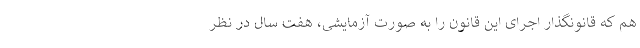
هم که قانونگذار اجرای این قانون را به صورت آزمایشی، هفت سال در نظر